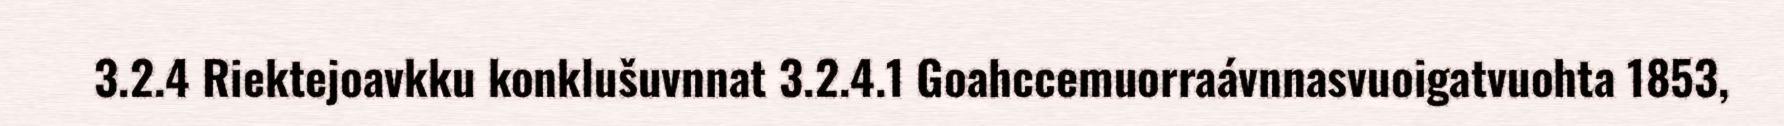
3.2.4 Riektejoavkku konklušuvnnat 3.2.4.1 Goahccemuorraávnnasvuoigatvuohta 1853,